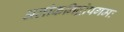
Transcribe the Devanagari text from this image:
अलीकनिद्रोपगमः